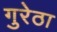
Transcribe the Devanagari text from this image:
गुरेठा